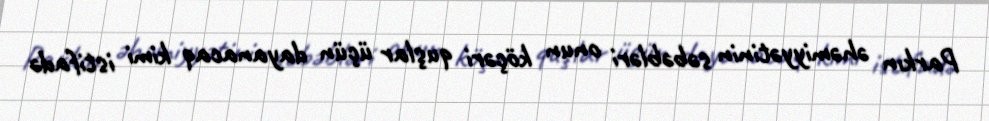
Parkın əhəmiyyətinin səbəbləri onun köçəri quşlar üçün dayanacaq kimi istifadə